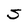
Character: S